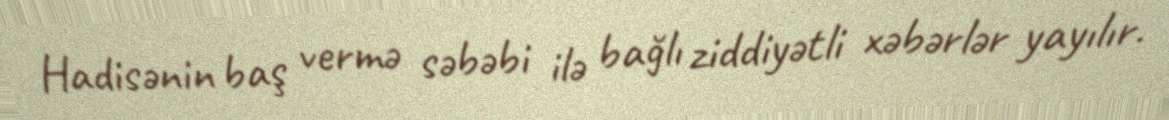
Hadisənin baş vermə səbəbi ilə bağlı ziddiyətli xəbərlər yayılır.